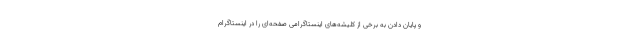
و پایان دادن به برخی از کلیشه‌های اینستاگرامی صفحه‌ای را در اینستاگرام